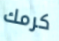
كرمك